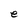
Character: e